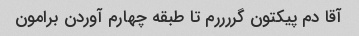
آقا دم پیکتون گررررم تا طبقه چهارم آوردن برامون